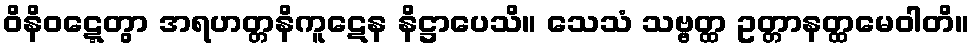
ဝိနိဝဋ္ဋေတွာ အရဟတ္တနိကူဋေန နိဋ္ဌာပေသိ။ သေသံ သဗ္ဗတ္ထ ဥတ္တာနတ္ထမေဝါတိ။